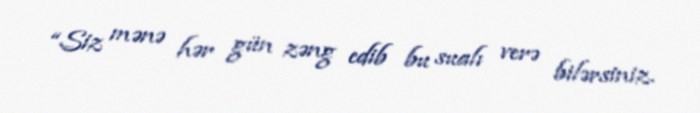
“Siz mənə hər gün zəng edib bu sualı verə bilərsiniz.